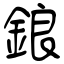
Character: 鋃